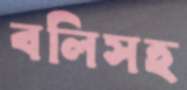
বলিসহ